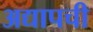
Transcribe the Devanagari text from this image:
अद्यापची